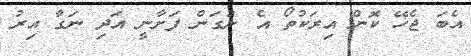
އެބަ ޖެހޭ ކޮން އިރަކުތޯ އެ ނަގަން ފަށާނީ އަދި ނަގާ އިރު